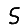
Digit: 5